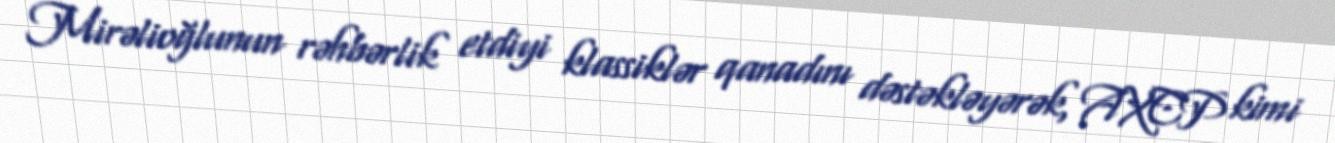
Mirəlioğlunun rəhbərlik etdiyi klassiklər qanadını dəstəkləyərək, AXCP kimi